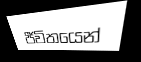
ජීවිතයෙන්